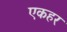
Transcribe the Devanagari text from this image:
एकहर